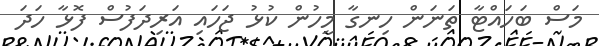
މަސް ބަހައްޓާ ތަނަން ހިނގާ މީހުން ކުޅު ޖަހައި އަރިދަފުސް ފޮޅާ ހަދަ